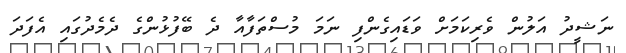
ނަޝީދު އަލުން ވެރިކަމަށް ވަޑައިގެންފި ނަމަ މުސްތަފާއާ ދެ ބޭފުޅުންގެ ދެމެދުގައި އެފަދަ